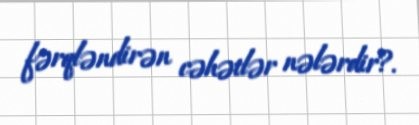
fərqləndirən cəhətlər nələrdir?.